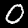
Digit: 0